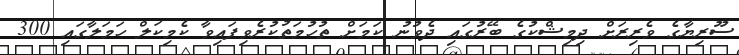
ސޫރިޔާގެ ވެރިރަށް ދިމިޝްކުގެ ބޭރުގައި ދެވުނު ކަމަށް ތުހުމަތުކުރެވިފައިވާ ކެމިކަލް ހަމަލާގައި 300